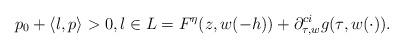
LaTeX: \begin{align*}p_0 + \langle l,p \rangle > 0,l \in L = F^\eta(z,w(-h)) + \partial^{ci}_{\tau,w} g(\tau,w(\cdot)).\end{align*}